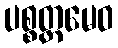
ပစ္စတ္တမေဝ